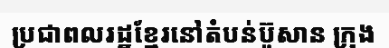
ប្រជាពលរដ្ឋខ្មែរនៅតំបន់ប៊ូសាន ក្រុង